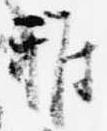
雅